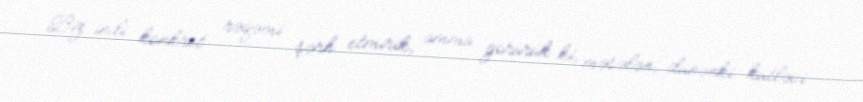
Biz indi konkret rəqəmi şərh etmirik, amma görürük ki, məsələn, dünənki kütləvi